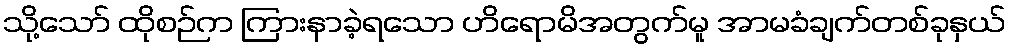
သို့သော် ထိုစဉ်က ကြားနာခဲ့ရသော ဟိရောမိအတွက်မူ အာမခံချက်တစ်ခုနှယ်